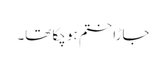
جاڑا ختم ہو چکا تھا۔